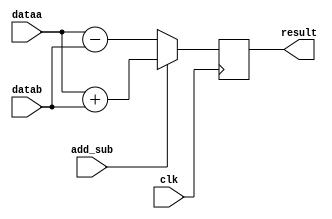
module addsub
(
	input [7:0] dataa,
	input [7:0] datab,
	input add_sub,	  // if this is 1, add; else subtract
	input clk,
	output reg [8:0] result
);

	always @ (posedge clk)
	begin
		if (add_sub)
			result <= dataa + datab;
		else
			result <= dataa - datab;
	end

endmodule